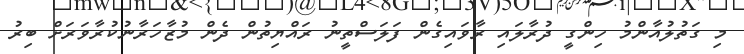
މި ގަތުލުއާންމު ހިންގީ ދުރާލައި ރާވައިގެން ފަލަސްތީނު ރައްޔިތުން ދެން މުޒާހަރާނުކުރާވަރަށް ބިރު